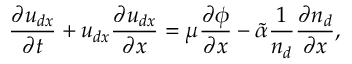
\frac { \partial { u } _ { d x } } { \partial t } + { u } _ { d x } \frac { \partial { u } _ { d x } } { \partial x } = \mu \frac { \partial \phi } { \partial x } - \tilde { \alpha } \frac { 1 } { n _ { d } } \frac { \partial n _ { d } } { \partial x } ,